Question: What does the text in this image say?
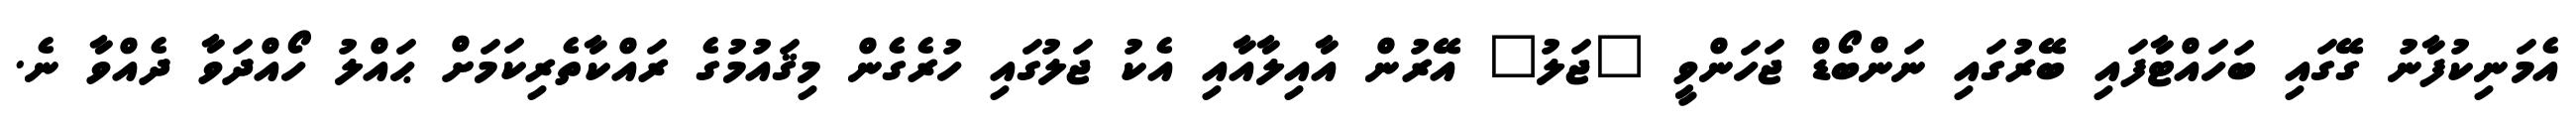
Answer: އެމަނިކުފާނު ގޭގައި ބަހައްޓާފައި ބޭރުގައި ނަންބޯޑް ޖަހަންވީ "ޖަލު" އޭރުން އާއިލާއާއި އެކު ޖަލުގައި ހުރެގެން މިޤައުމުގެ ރައްކާތެރިކަމަށް ޙައްލު ހޯއްދަވާ ދެއްވާ ނެ.